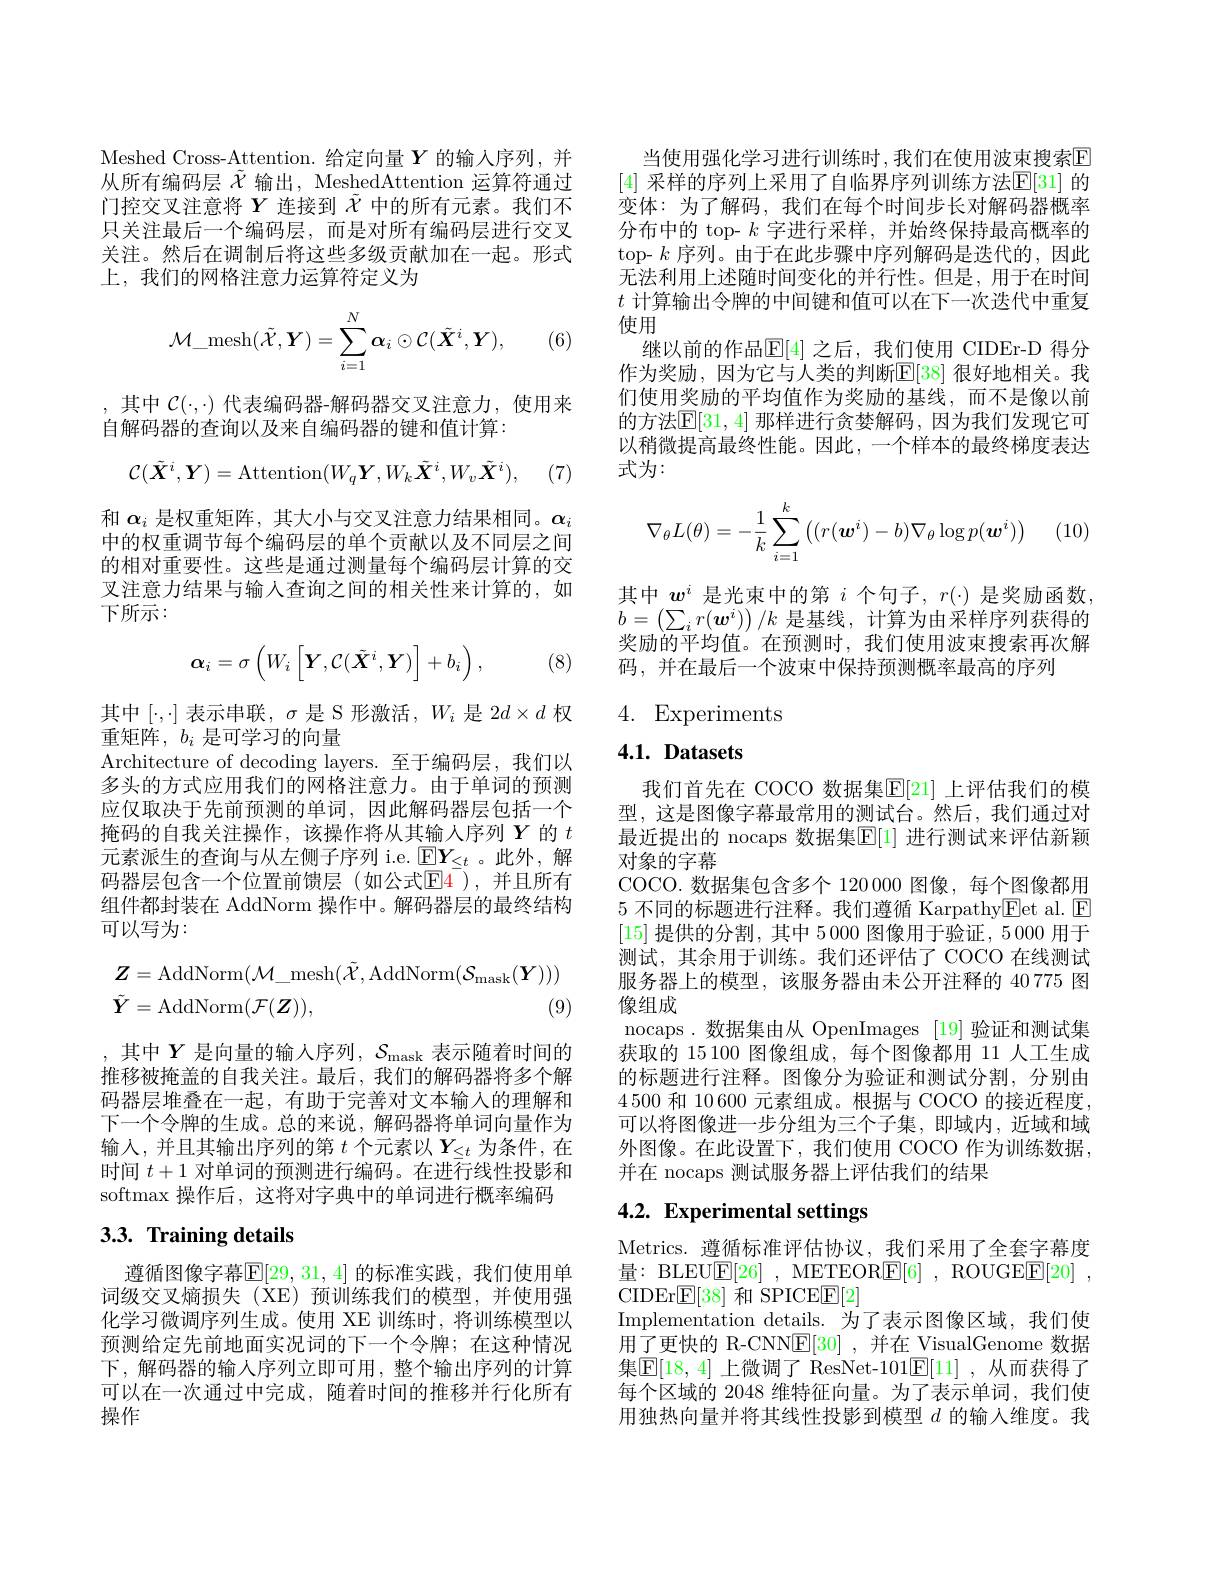
Meshed Cross-Attention. 给定向量$Y$的输入序列，并从所有编码层$\tilde{\mathcal{X}}$输出，MeshedAttention 运算符通过门控交叉注意将$Y$连接到$\tilde{\chi}$中的所有元素。我们不只关注最后一个编码层，而是对所有编码层进行交叉关注。然后在调制后将这些多级贡献加在一起。形式上，我们的网格注意力运算符定义为
$$\mathcal{M}_\mathrm{mesh}(\tilde{\mathcal{X}},\boldsymbol{Y})=\sum_{i=1}^N\boldsymbol{\alpha}_i\odot\mathcal{C}(\tilde{\boldsymbol{X}}^i,\boldsymbol{Y}),$$
(6)

,其中$\mathcal{C}(\cdot,\cdot)$代表编码器-解码器交叉注意力，使用来
自解码器的查询以及来自编码器的键和值计算：
$$\mathcal{C}(\tilde{\boldsymbol{X}}^i,\boldsymbol{Y})=\mathrm{Attention}(W_q\boldsymbol{Y},W_k\tilde{\boldsymbol{X}}^i,W_v\tilde{\boldsymbol{X}}^i),$$
(7)

和$\alpha_i$是权重矩阵，其大小与交叉注意力结果相同。$\alpha_i$ 中的权重调节每个编码层的单个贡献以及不同层之间的相对重要性。这些是通过测量每个编码层计算的交叉注意力结果与输人查询之间的相关性来计算的，如下所示：
$$\alpha_{i}=\sigma\left(W_{i}\left[\boldsymbol{Y},\mathcal{C}(\tilde{\boldsymbol{X}}^{i},\boldsymbol{Y})\right]+b_{i}\right),$$
(8)

其中$[\cdot,\cdot]$表示串联$,\sigma$是 S 形激活$,W_i$是$2d\times d$权
重矩阵，$b_i$是可学习的向量
Architecture of decoding layers.至于编码层，我们以多头的方式应用我们的网格注意力。由于单词的预测应仅取决于先前预测的单词，因此解码器层包括一个掩码的自我关注操作，该操作将从其输入序列$\boldsymbol{Y}$的$t$ 元素派生的查询与从左侧子序列 i.e. $\mathbb{E}\boldsymbol{Y}_{\leq t}$。此外，解码器层包含一个位置前馈层(如公式$\overline{\mathbb{E}}\overline{4}$),并且所有组件都封装在 AddNorm 操作中。解码器层的最终结构可以写为：
$$\begin{aligned}&\boldsymbol{Z}=\mathrm{AddNorm}(\mathcal{M}_\mathrm{mesh}(\tilde{\mathcal{X}},\mathrm{AddNorm}(\mathcal{S}_{\mathrm{mask}}(\boldsymbol{Y})))\\&\tilde{\boldsymbol{Y}}=\mathrm{AddNorm}(\mathcal{F}(\boldsymbol{Z})),&\text{(9)}\end{aligned}$$
,其中$Y$是向量的输入序列$,\mathcal{S}_\mathrm{mask}$表示随着时间的推移被掩盖的自我关注。最后，我们的解码器将多个解码器层堆叠在一起，有助于完善对文本输入的理解和下一个令牌的生成。总的来说，解码器将单词向量作为输入，并且其输出序列的第$t$个元素以$Y_\leq t$为条件，在时间$t+1$对单词的预测进行编码。在进行线性投影和softmax 操作后，这将对字典中的单词进行概率编码

# 3.3. Training details

遵循图像字幕$\mathbb{E}[29,31,4]$ 的标准实践，我们使用单词级交叉熵损失(XE)预训练我们的模型，并使用强化学习微调序列生成。使用 XE 训练时，将训练模型以预测给定先前地面实况词的下一个令牌；在这种情况下 ,解码器的输人序列立即可用，整个输出序列的计算可以在一次通过中完成，随着时间的推移并行化所有操作

当使用强化学习进行训练时，我们在使用波束搜索E [4] 采样的序列上采用了自临界序列训练方法$\mathbb{E}[31]$ 的变体：为了解码，我们在每个时间步长对解码器概率分布中的 top- $k$字进行采样，并始终保持最高概率的top- $k$序列。由于在此步骤中序列解码是迭代的，因此无法利用上述随时间变化的并行性。但是，用于在时间$t$计算输出令牌的中间键和值可以在下一次迭代中重复使用
继以前的作品$\mathbb{E}[4]$ 之后，我们使用 CIDEr-D 得分作为奖励，因为它与人类的判断$\mathbb{E}[38]$ 很好地相关。我们使用奖励的平均值作为奖励的基线，而不是像以前的方法$\mathbb{E}[31,4]$ 那样进行贪婪解码，因为我们发现它可以稍微提高最终性能。因此，一个样本的最终梯度表达式为：

 (10)
$$\nabla_\theta L(\theta)=-\dfrac{1}{k}\sum_{i=1}^k\big((r(\boldsymbol{w}^i)-b)\nabla_\theta\log p(\boldsymbol{w}^i)\big)$$
其中$w^i$是光束中的第$i$个句子，$r(\cdot)$是奖励函数， $b=\left(\sum_ir(\boldsymbol{w}^i)\right)/k$是基线，计算为由采样序列获得的奖励的平均值。在预测时，我们使用波束搜索再次解码，并在最后一个波束中保持预测概率最高的序列

4. Experiments

## $4. 1. \textbf{ Datasets}$

我们首先在 COCO 数据集$\mathbb{E}[21]$ 上评估我们的模型，这是图像字幕最常用的测试台。然后，我们通过对最近提出的 nocaps 数据集$\mathbb{E}[1]$ 进行测试来评估新颖对象的字幕
COCO. 数据集包含多个 120 000 图像，每个图像都用5不同的标题进行注释。我们遵循 Karpathy$\boxed{\mathrm{Fet~al.~}}$ [15]提供的分割，其中 5 000 图像用于验证，5 000 用于测试，其余用于训练。我们还评估了 COCO 在线测试服务器上的模型，该服务器由未公开注释的 40 775 图像组成
nocaps.数据集由从 OpenImages [19]验证和测试集获取的 15 100 图像组成，每个图像都用 11 人工生成的标题进行注释。图像分为验证和测试分割，分别由4500和 10 600 元素组成。根据与 COCO 的接近程度可以将图像进一步分组为三个子集，即域内，近域和域外图像。在此设置下，我们使用 COCO 作为训练数据， 并在 nocaps 测试服务器上评估我们的结果

# 4.2. Experimental settings

Metrics. 遵循标准评估协议，我们采用了全套字幕度量：BLEU$\underline {\mathrm{E} }[ 26]$ , METEOR$\underline {\mathrm{E} }[ 6]$ , ROUGE$\underline {\mathrm{E} }[ 20]$ , CIDEr$\mathbb{E}[38]$和 SPICE$\mathbb{E}[2]$
Implementation details. 为了表示图像区域，我们使用了更快的 R-CNNE[30] ,并在 VisualGenome 数据集$\mathbb{E}[18,4]$ 上微调了 ResNet-101$\mathbb{E}[11]$ ,从而获得了每个区域的 2048 维特征向量。为了表示单词，我们使用独热向量并将其线性投影到模型$d$的输入维度。我